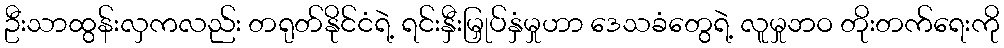
ဦးသာထွန်းလှကလည်း တရုတ်နိုင်ငံရဲ့ ရင်းနှီးမြှုပ်နှံမှုဟာ ဒေသခံတွေရဲ့ လူမှုဘဝ တိုးတက်ရေးကို